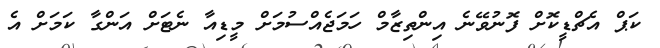
ކަޕް އެޗްޑީކޮށް ފޮނުވޭނެ އިންތިޒާމް ހަމަޖެއްސުމަށް މީޑިއާ ނެޓަށް އަންގާ ކަމަށް އެ